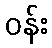
ဝန်း